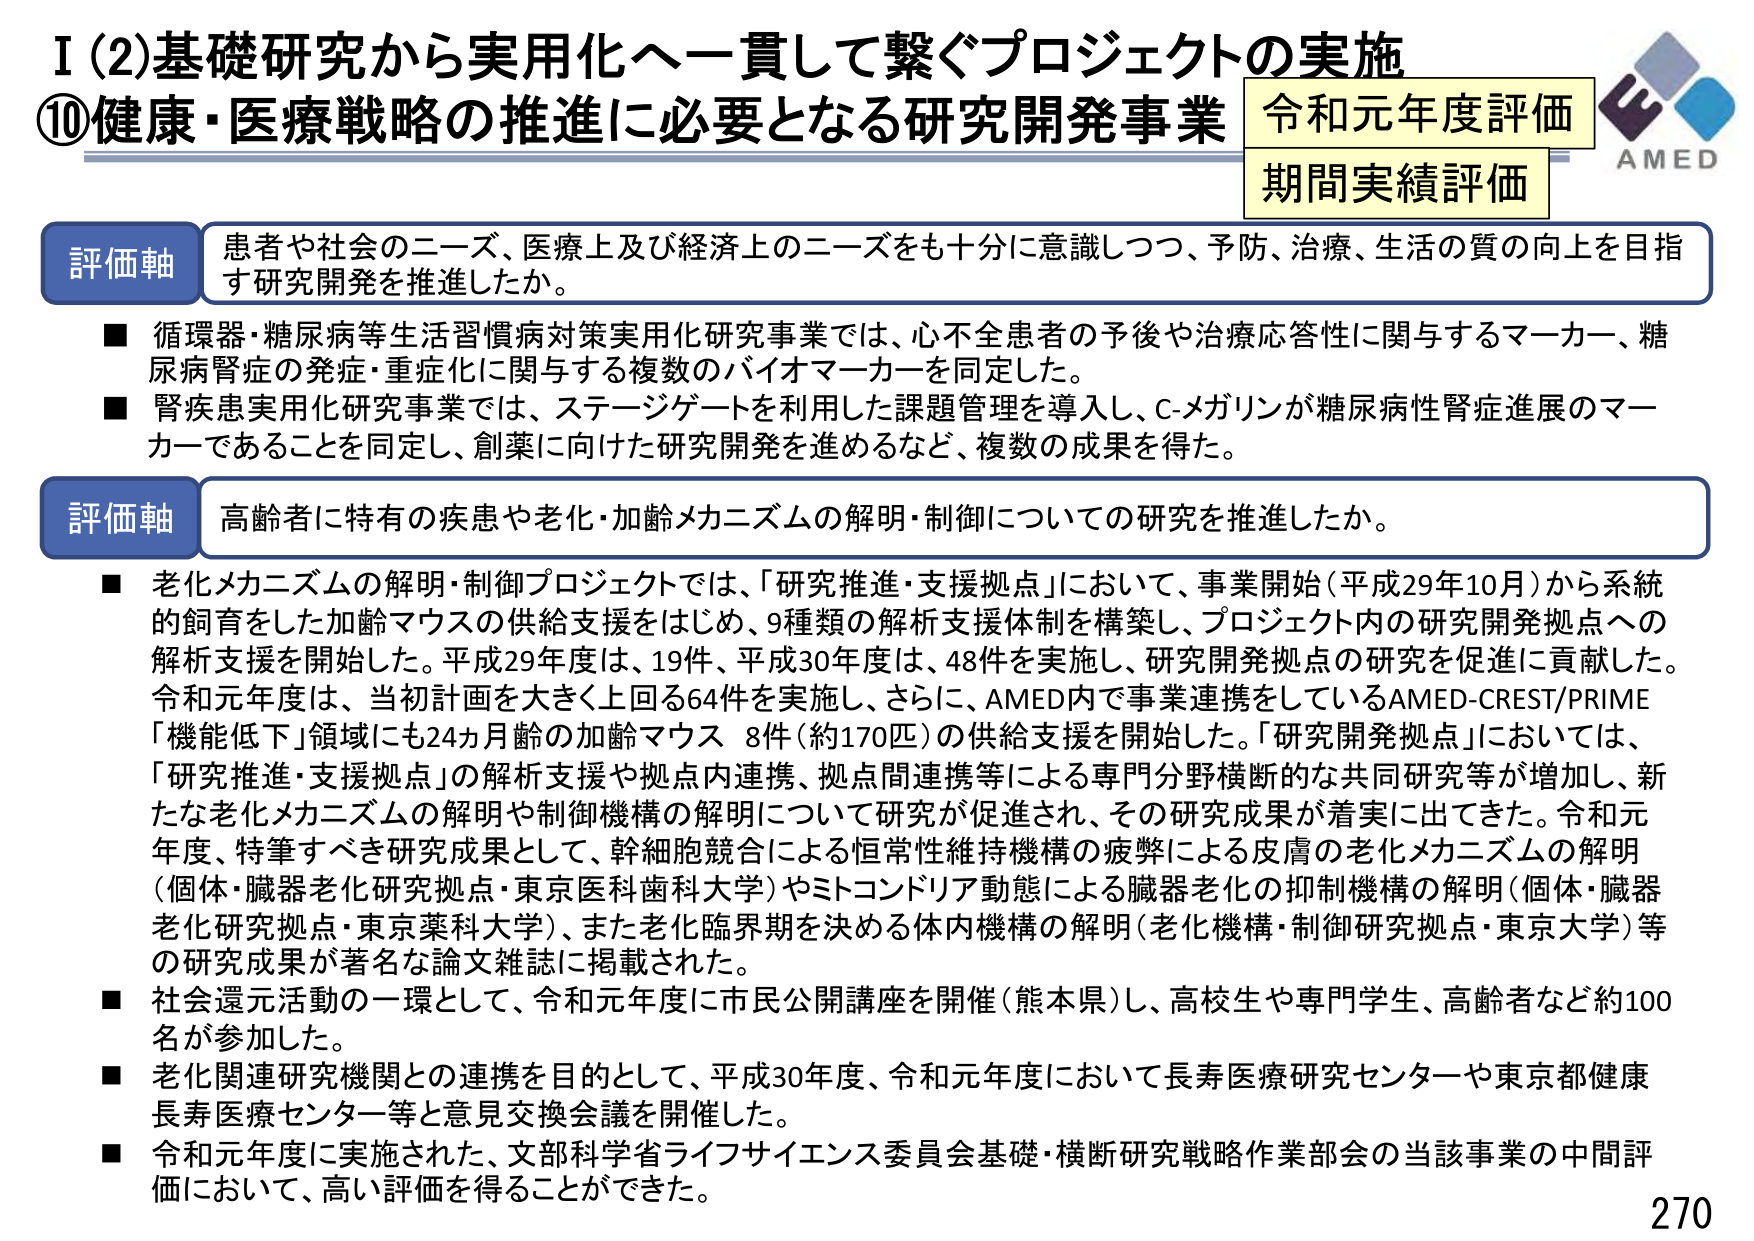
Ⅰ(2)基礎研究から実用化へ一貫して繋ぐプロジェクトの実施
⑩健康・医療戦略の推進に必要となる研究開発事業
令和元年度評価
期間実績評価
AMED

評価軸
患者や社会のニーズ、医療上及び経済上のニーズをも十分に意識しつつ、予防、治療、生活の質の向上を目指す研究開発を推進したか。

■ 循環器・糖尿病等生活習慣病対策実用化研究事業では、心不全患者の予後や治療応答性に関与するマーカー、糖尿病腎症の発症・重症化に関与する複数のバイオマーカーを同定した。
■ 腎疾患実用化研究事業では、ステージゲートを利用した課題管理を導入し、C-メガリンが糖尿病性腎症進展のマーカーであることを同定し、創薬に向けた研究開発を進めるなど、複数の成果を得た。

評価軸
高齢者に特有の疾患や老化・加齢メカニズムの解明・制御についての研究を推進したか。

■ 老化メカニズムの解明・制御プロジェクトでは、「研究推進・支援拠点」において、事業開始（平成29年10月）から系統的飼育をした加齢マウスの供給支援をはじめ、9種類の解析支援体制を構築し、プロジェクト内の研究開発拠点への解析支援を開始した。平成29年度は、19件、平成30年度は、48件を実施し、研究開発拠点の研究を促進に貢献した。令和元年度は、当初計画を大きく上回る64件を実施し、さらに、AMED内で事業連携をしているAMED-CREST/PRIME「機能低下」領域にも24ヵ月齢の加齢マウス 8件（約170匹）の供給支援を開始した。「研究開発拠点」においては、「研究推進・支援拠点」の解析支援や拠点内連携、拠点間連携等による専門分野横断的な共同研究等が増加し、新たな老化メカニズムの解明や制御機構の解明について研究が促進され、その研究成果が着実に出てきた。令和元年度、特筆すべき研究成果として、幹細胞競合による恒常性維持機構の疲弊による皮膚の老化メカニズムの解明（個体・臓器老化研究拠点・東京医科歯科大学）やミトコンドリア動態による臓器老化の抑制機構の解明（個体・臓器老化研究拠点・東京薬科大学）、また老化臨界期を決める体内機構の解明（老化機構・制御研究拠点・東京大学）等の研究成果が著名な論文雑誌に掲載された。

■ 社会還元活動の一環として、令和元年度に市民公開講座を開催（熊本県）し、高校生や専門学生、高齢者など約100名が参加した。
■ 老化関連研究機関との連携を目的として、平成30年度、令和元年度において長寿医療研究センターや東京都健康長寿医療センター等と意見交換会議を開催した。
■ 令和元年度に実施された、文部科学省ライフサイエンス委員会基礎・横断研究戦略作業部会の当該事業の中間評価において、高い評価を得ることができた。

270